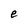
Character: e